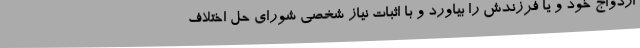
ازدواج خود و یا فرزندش را بیاورد و با اثبات نیاز شخصی شورای حل اختلاف